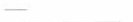
-___